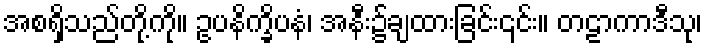
အစရှိသည်တို့ကို။ ဥပနိက္ခိပနံ၊ အနီး၌ချထားခြင်း၎င်း။ တဠာကာဒီသု၊